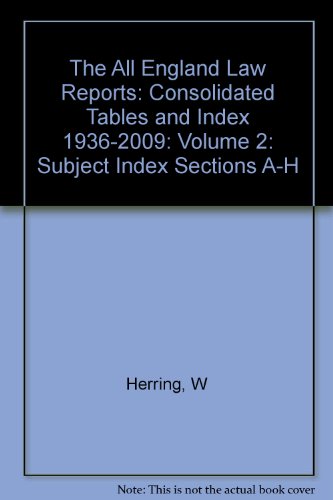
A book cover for The All England Law Reports: Consolidated Tables and Index 1936-2009: Volume 2: Subject Index Sections A-H; W Herring; Law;